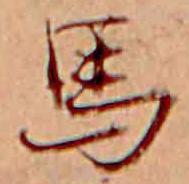
馬